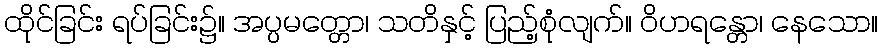
ထိုင်ခြင်း ရပ်ခြင်း၌။ အပ္ပမတ္တော၊ သတိနှင့် ပြည့်စုံလျက်။ ဝိဟရန္တော၊ နေသော။